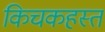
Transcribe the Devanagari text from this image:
किचकहस्त